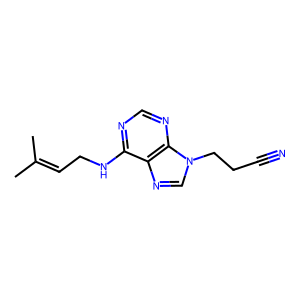
SMILES: CC(C)=CCNc1ncnc2c1ncn2CCC#N
Inhibits HIV replication: No